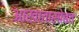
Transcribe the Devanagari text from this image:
आखातासोबत